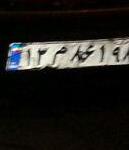
۱۲م۸۶۱۹۸